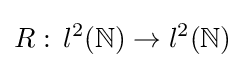
R:\,l^{2}(\mathbb {N} )\to l^{2}(\mathbb {N} )